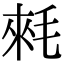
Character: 𣮉